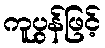
ကူပွန်ဖြင့်